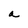
Character: a